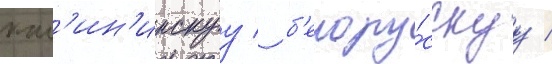
кал'ин'инскуу / б'елору́сскуу /